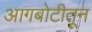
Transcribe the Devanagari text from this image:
आगबोटीतून